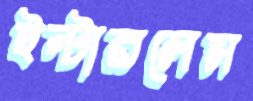
ইন্টারলেস